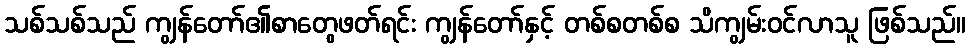
သစ်သစ်သည် ကျွန်တော်၏စာတွေဖတ်ရင်း ကျွန်တော်နှင့် တစ်စတစ်စ သိကျွမ်းဝင်လာသူ ဖြစ်သည်။